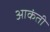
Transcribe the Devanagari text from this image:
आकंती